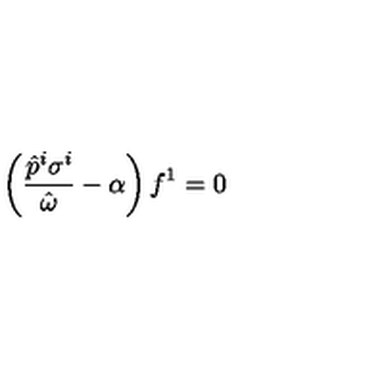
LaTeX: \left( \frac { \hat { p } ^ { i } \sigma ^ { i } } { \hat { \omega } } - \alpha \right) f ^ { 1 } = 0